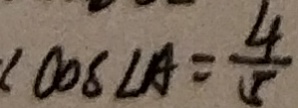
\cos \angle A = \frac { 4 } { 5 }